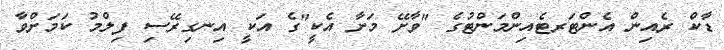
ޑާކް ރެއިން އެންޓަރޓެއިންމަންޓުގެ "ވާށޭ މަށާ އެކީ"ގެ އަކީ އިނގިރޭސި ފިލްމު ކަމަށްވާ